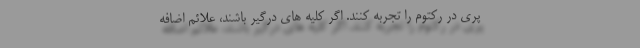
پری در رکتوم را تجربه کنند. اگر کلیه های درگیر باشند، علائم اضافه